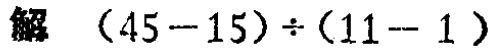
解 \((45 - 15) \div (11 - 1)\)